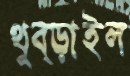
থুব্‌ড়াইল